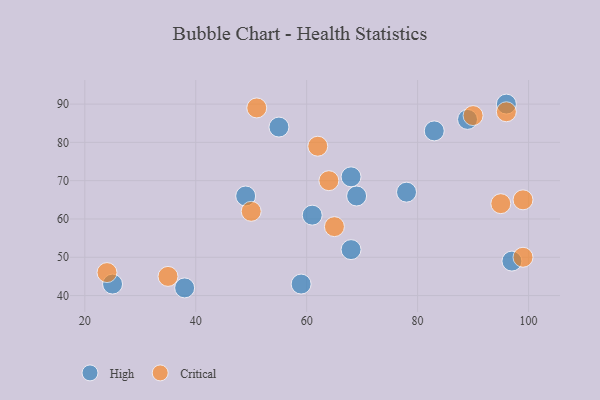
{"axis": {"x": "GDP", "y": "Life Expectancy"}, "legend": ["Critical", "High"], "data": [{"x": "61", "y": 61, "type": "High"}, {"x": "78", "y": 67, "type": "High"}, {"x": "59", "y": 43, "type": "High"}, {"x": "83", "y": 83, "type": "High"}, {"x": "38", "y": 42, "type": "High"}, {"x": "89", "y": 86, "type": "High"}, {"x": "69", "y": 66, "type": "High"}, {"x": "55", "y": 84, "type": "High"}, {"x": "68", "y": 71, "type": "High"}, {"x": "49", "y": 66, "type": "High"}, {"x": "25", "y": 43, "type": "High"}, {"x": "96", "y": 90, "type": "High"}, {"x": "97", "y": 49, "type": "High"}, {"x": "68", "y": 52, "type": "High"}, {"x": "24", "y": 46, "type": "Critical"}, {"x": "64", "y": 70, "type": "Critical"}, {"x": "95", "y": 64, "type": "Critical"}, {"x": "65", "y": 58, "type": "Critical"}, {"x": "51", "y": 89, "type": "Critical"}, {"x": "35", "y": 45, "type": "Critical"}, {"x": "62", "y": 79, "type": "Critical"}, {"x": "50", "y": 62, "type": "Critical"}, {"x": "99", "y": 65, "type": "Critical"}, {"x": "96", "y": 88, "type": "Critical"}, {"x": "90", "y": 87, "type": "Critical"}, {"x": "99", "y": 50, "type": "Critical"}]}